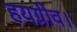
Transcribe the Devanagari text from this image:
हयग्रीव।